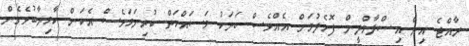
ރާއްޖެ އިން އިސްލާމްދީން ފޮހެލުމަށް އެއްވެސް ބަޔަކު މަސައްކަތް ކުރިނަމަވެސް އެކަން ކާމިޔާބުވެގެން